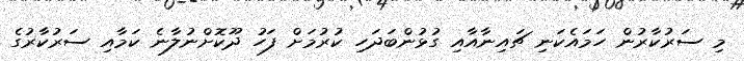
މި ސަރުކާރުން ހަމައެކަނި ޗައިނާއާއި ގުޅުންބަދަހި ކުރުމަށް ފަހު ދޫކޮށްނުލާނެ ކަމާއި ސަރުކާރުގެ